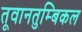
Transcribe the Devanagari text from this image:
तूवानतुम्बिकल